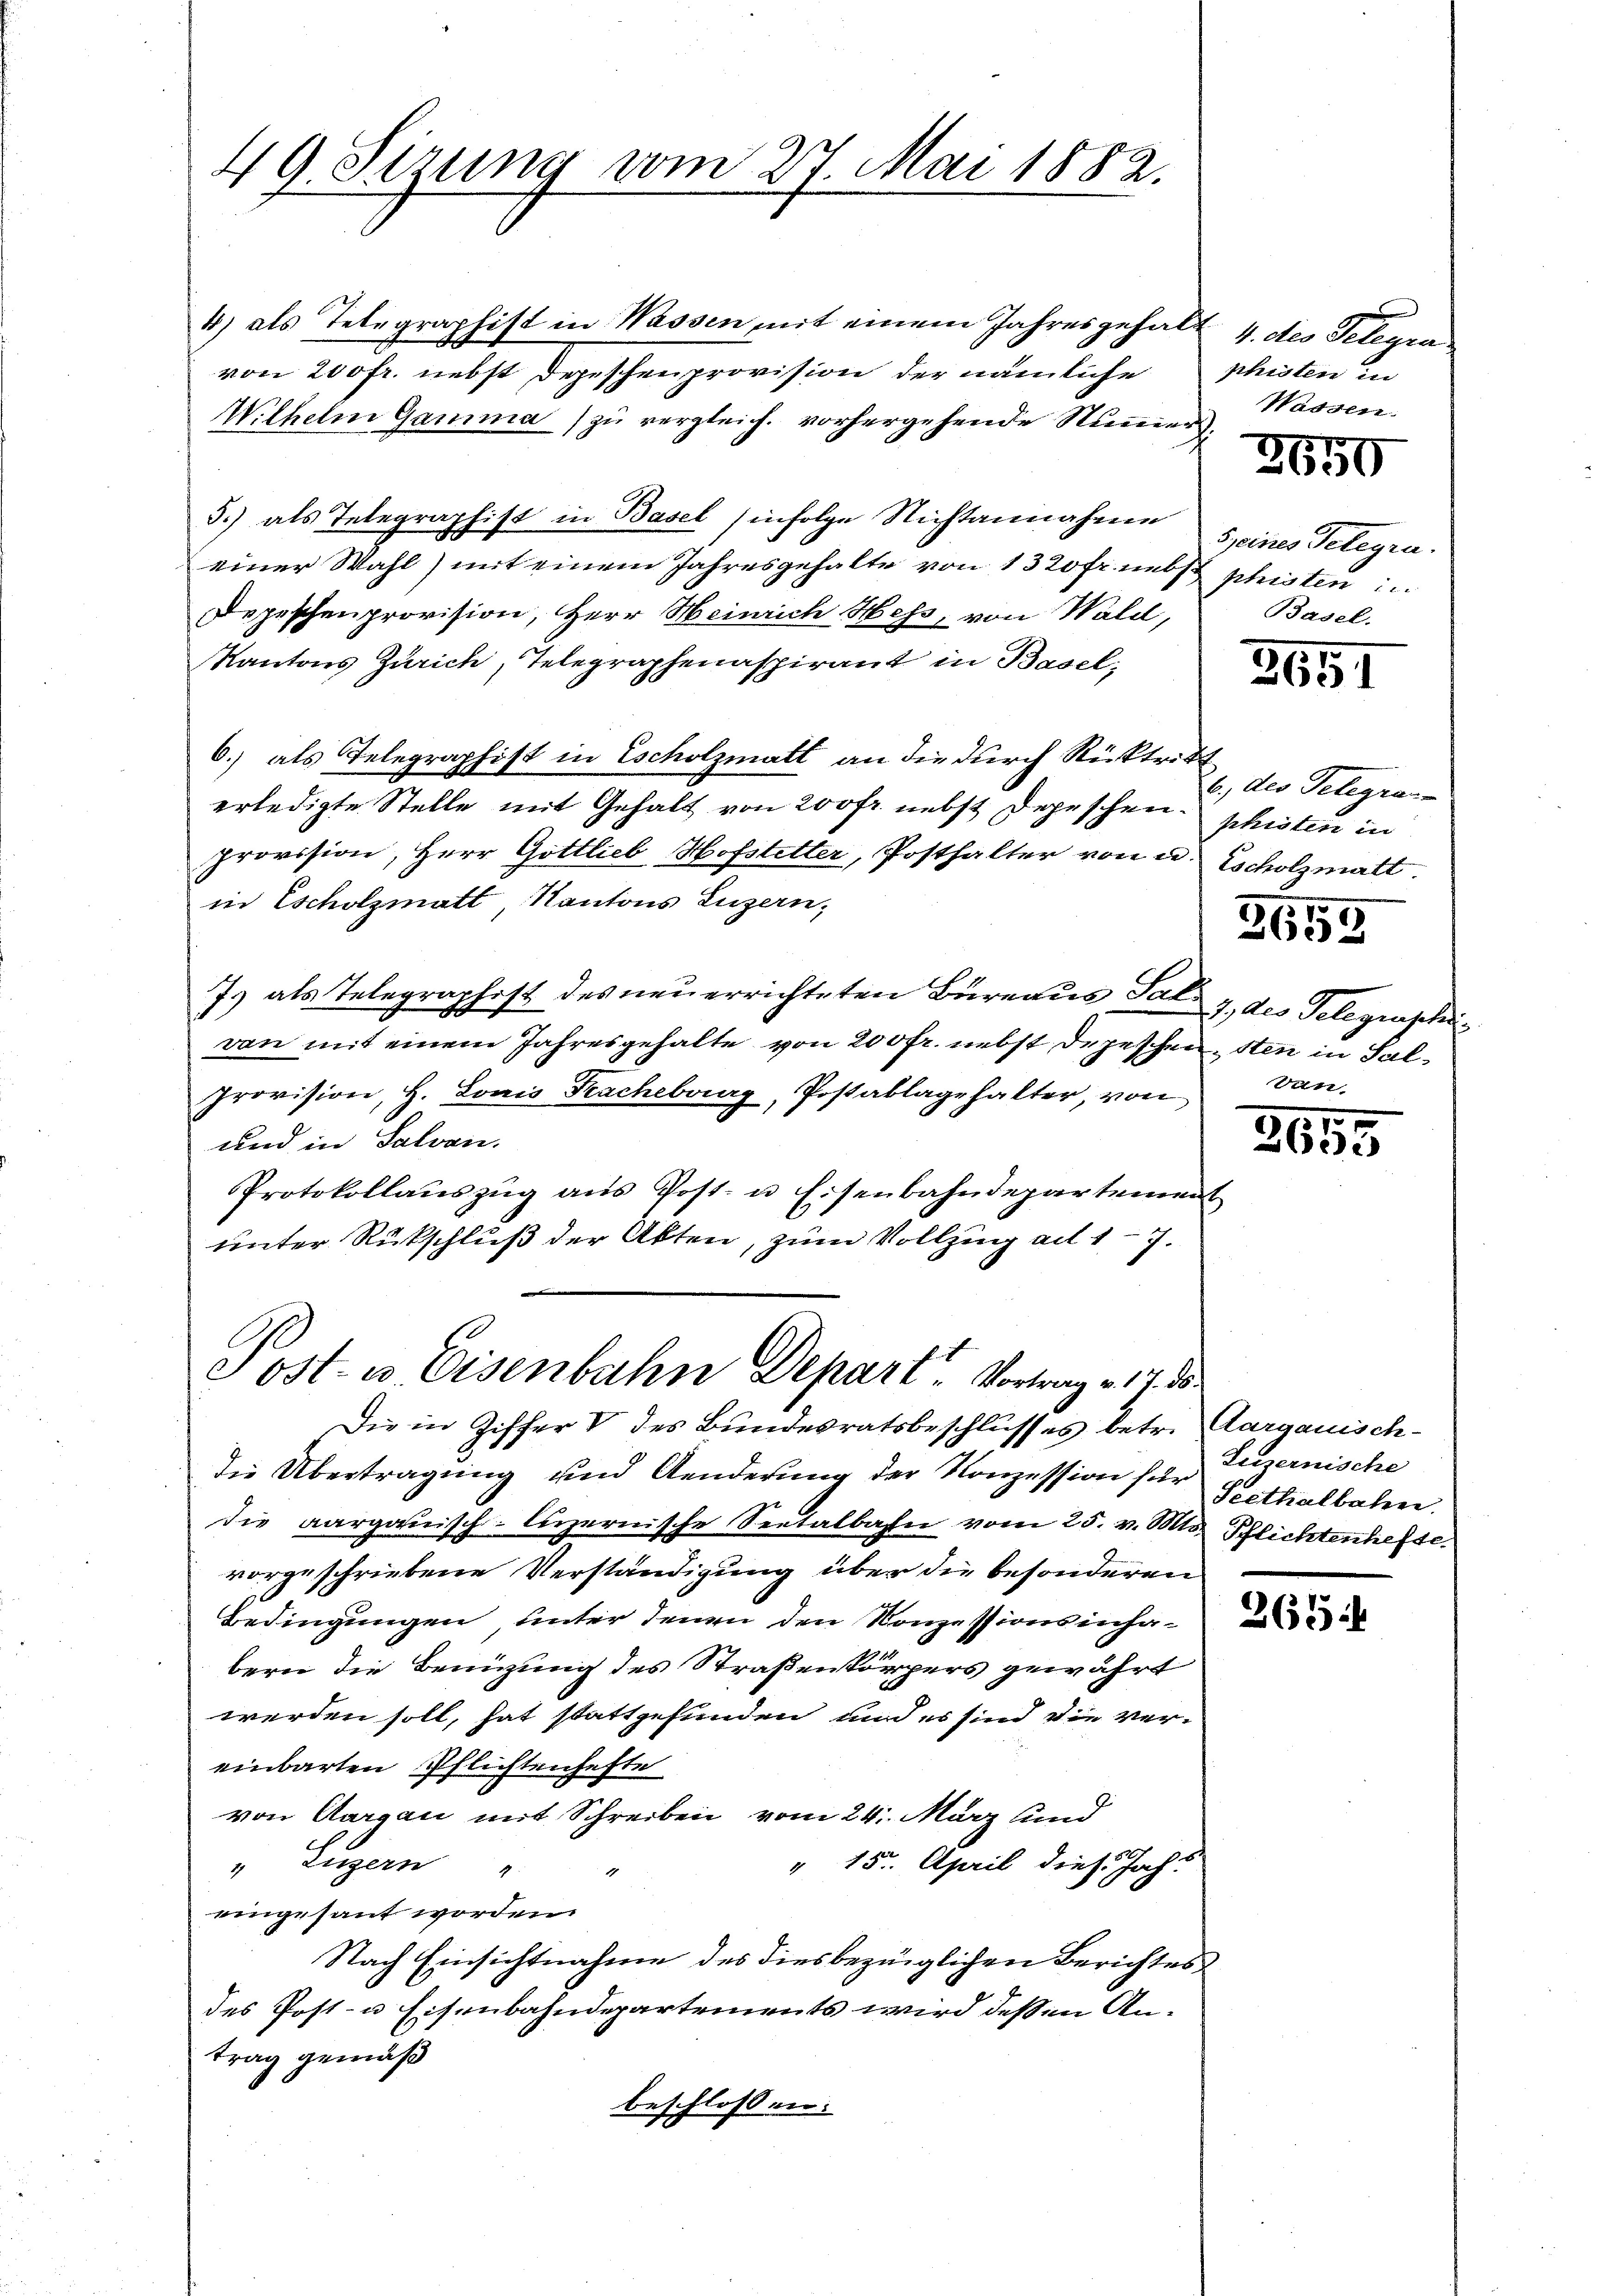
49. Sezung vom 27. Mai 1882.

Sost- u. Eisenbahn Depart Vortrag v. 17. ds.
Die in Ziffer V des Bundesratsbeschlusses betr. Aargauisch-

4) als Telegraphist in Wassen mit einem Jahresgehalt 4. des Telegra
von 200 fr. nebst Depeschenprovision der nämliche
Wilhelm Gamma zu vergleich vorhergehende Nummer¬
3.) als Telegraphist in Basel infolge Nichtannahme
einer Wahl) mit einem Jahresgehalte von 1320 Fr. nebst schristen in
Depeschenprovision, Herr Heinrich Hess, von Wald, Basel.
Kantons Zürich, Telegraphenaspirant in Basel;
6.) als Telegraphist in Escholzmatt an die durch Rücktritt
erledigte Stelle mit Gehalt von 200 fr. nebst Depeschen.
provision, Herr Gottlieb Hofstetter, Posthalter von u. scholzmalt.
in Escholzmatt, Kantons Luzern,
7.) als Telegraphist des neuerrichteten Büreaus Salz, des Telegensch
von mit einem Jahresgehalte von 200 fr. nebst Depeschen, sten in Sal¬
Provision, H. Louis Facheberg, Postablagehalter, von
und in Salvan.
Protokollaŭszŭg aŭs Post- u Eisenbahndepartement
unter Rückschluß der Akten, zum Vollzung ad 17.

die Übertragung und Aenderung der Konzession für Luzernische
die aargauisch-luzernische Seetalbahn vom 25. v. Mts. Pflichtenhefte
vorgeschriebene Verständigung über die besonderen
Bedingungen unter Jenen den Konzessionsinha-
bern die Benuzung des Straßenkörpers gewährt
werden soll, hat stattgefunden und es sind die vereinbarten Pflichtenhefte
von Aargau mit Schreiben vom 24. März und
" 15. April diese Jahr
" Eitern 1 "
eingesant worden.
Nach Einsichtnahme des diesbezüglichen Berichtes
des Post- u Eisenbahndepartements wird dessen Antrag gemäß
beschlossen:

phisten in
Wassen.

3650

s seines Telegra

3651

b., des Telegran
phisten in

3659

Ven.

57.
2600

Seethalbahn.

265